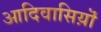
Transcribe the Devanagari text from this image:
आदिवासिय़ॊं